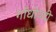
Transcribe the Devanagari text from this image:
गाँधीवदी